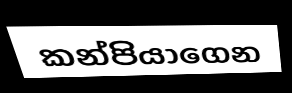
කන්පියාගෙන